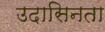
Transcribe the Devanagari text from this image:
उदासिनता